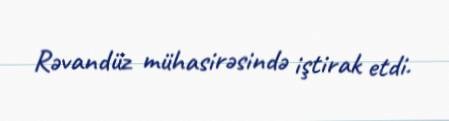
Rəvandüz mühasirəsində iştirak etdi.